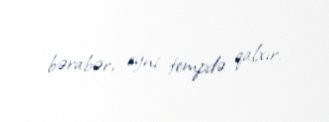
bərabər, eyni tempdə qalxır.